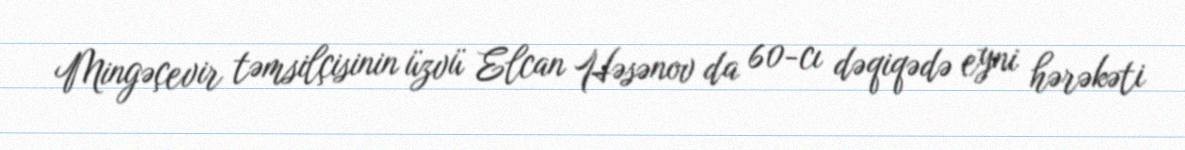
Mingəçevir təmsilçisinin üzvü Elcan Həsənov da 60-cı dəqiqədə eyni hərəkəti